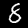
Digit: 8